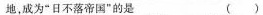
地，成为”日不落帝国”的是 ()